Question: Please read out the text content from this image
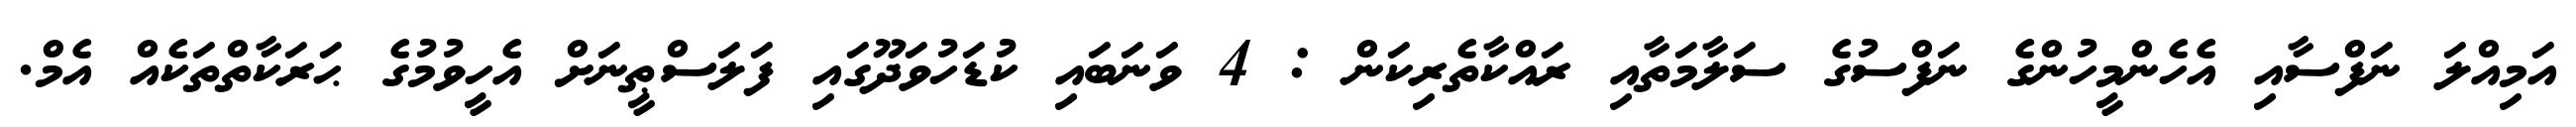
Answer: އަމިއްލަ ނަފްސާއި އެހެންމީހުންގެ ނަފްސުގެ ސަލާމަތާއި ރައްކާތެރިކަން : 4 ވަނަބައި ކުޑަހުވަދޫގައި ފަލަސްޠީނަށް އެހީވުމުގެ ޙަރަކާތްތަކެއް އެމް.